Punjab Mental Hospital Lahore 1932-46 - 1932-1946
Year: 1932
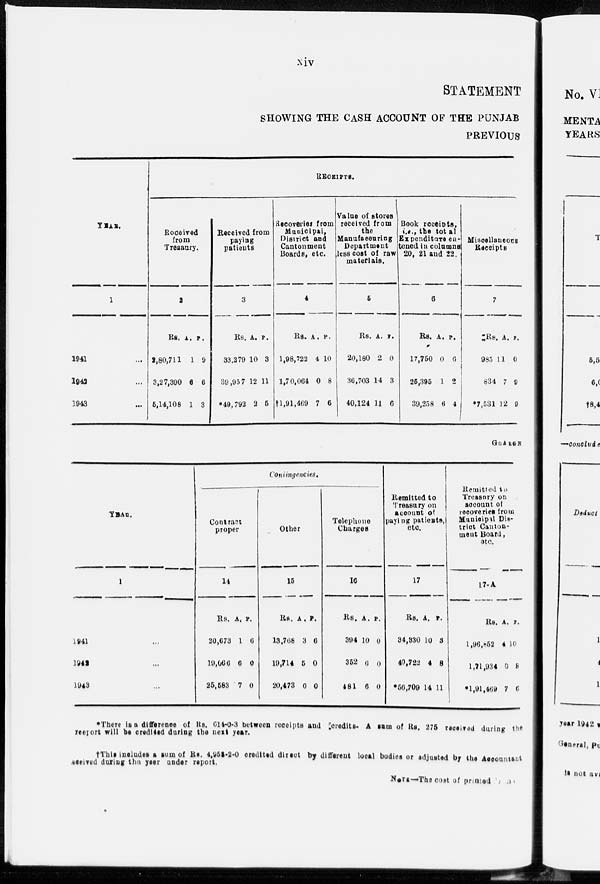
xiv
STATEMENT
SHOWING THE CASH ACCOUNT OF THE PUNJAB
PREVIOUS
YEAR.
1
1941 ...
1942 ...
1943 ...
RECEIPTS.
Received
from
Treasury.
2
Rs.
2,80,711
3,27,390
5,14,108
A.
1
6
1
P.
9
6
3
Received from
paying
patients
3
Rs.
33,279
39,957
* 49,792
A.
10
12
2
P.
3
11
5
Recoveries from
Municipal,
District and
Cantonment
Boards, etc.
4
Rs.
1,98,722
1,70,064
†1,91,469
A.
4
0
7
P.
10
8
6
Value of stores
received from
the
Manufacturing
Department
less cost of raw
materials.
5
Rs.
20,180
36,703
40,124
A.
2
14
11
P.
0
3
6
Book receipts,
i.e., the total
Expenditure en-
--ned in columns
20, 21 and 22.
6
Rs.
17,750
25,395
39,258
A.
0
1
6
P.
6
2
4
Miscellaneous
Receipts
7
Rs.
985
834
*7,531
A.
11
7
12
P.
0
9
9
CHARGE
YEAR.
1
1941 ...
1942 ...
1943 ...
Contingencies.
Contract
proper
14
Rs.
20,673
19,066
25,583
A.
1
6
7
P.
6
0
0
Other
15
Rs.
13,768
19,714
20,473
A.
3
5
0
P.
6
0
0
Telephone
Charges
16
Rs.
394
352
481
A.
10
6
6
P.
0
0
0
Remitted to
Treasury on
account of
paying patientes
etc.
17
Rs.
34,330
40,722
*56,709
A.
10
4
14
P.
8
8
11
Remitted to
Treasury on
account of
recoveries from
Municipal Dis-
trict Canton-
ment Board,
etc.
17-A
Rs.
l,96,852
1,71,934
*1,91,469
A.
4
6
7
P.
10
8
6
*There is a difference of Rs. 614-0-3 between receipts and credits. A sum of Rs. 275 received during the
report will he credited during the next year.
†This includes a sum of Rs. 4,953-2-0 credited direct by different local bodies or adjusted by the Accountant
received during the year under report.
NOTE-The cost of printed